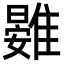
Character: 䨃